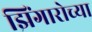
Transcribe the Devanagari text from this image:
झिंगारोच्या